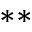
^ { * * }